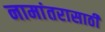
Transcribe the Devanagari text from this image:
नामांतरासाठी